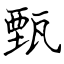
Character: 甄